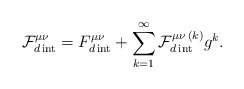
\begin{align*}\mathcal{F}_{d\,\mathrm{int}}^{\mu \nu }=F_{d\,\mathrm{int}}^{\mu \nu}+\sum_{k=1}^{\infty }\mathcal{F}_{d\,\mathrm{int}}^{\mu \nu \,(k)}g^{k}.\end{align*}